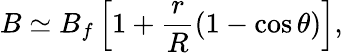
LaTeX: B\simeq B_{f}\left[1+\frac{r}{R}(1-\cos\theta)\right],